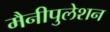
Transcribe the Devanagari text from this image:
मैनीपुलेशन